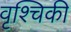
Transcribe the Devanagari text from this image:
वृश्चिकी